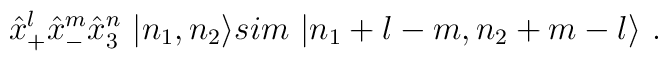
{\hat x}^l_+ {\hat x}^m_- {\hat x}^n_3 \ |n_1 ,n_2 \rangle \\sim \ |n_1 +l-m,n_2 +m-l \rangle \ .